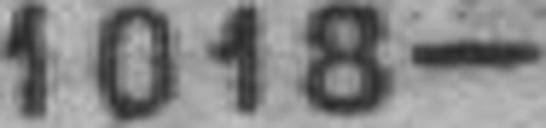
1018—